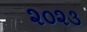
૨૦૨૩